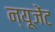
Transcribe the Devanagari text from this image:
न्यूजेंट